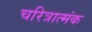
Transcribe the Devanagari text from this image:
चरित्रात्मंक